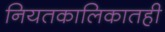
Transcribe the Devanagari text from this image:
नियतकालिकातही